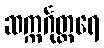
ဆက္ကင်္ဂုတ္တရေ